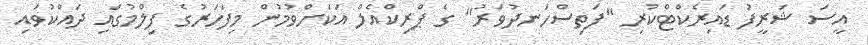
އީސަ ޝަރީފު ޑައިރެކްޓްކުރި "ފަތިސްހަނދުވަރު" ގެ ޕްރިކްއެލް އަކަށްވުމުން މިފަހަރުގެ ފިލްމުގައި ދައްކުވައި